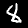
Digit: 8